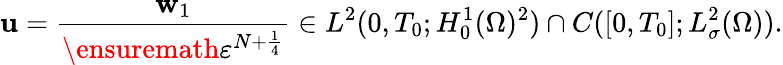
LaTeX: \mathbf{u}=\frac{\mathbf{w}_{1}}{\ensuremath{\varepsilon}^{N+\frac 14}}\in L^{2}(0,T_{0};H_{0}^{1}(\Omega)^{2})\cap C([0,T_{0}];L_{\sigma}^{2}(\Omega)).